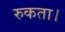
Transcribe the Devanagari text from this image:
रुकता।